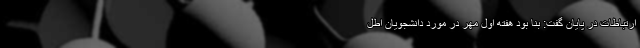
ارتباطات در پایان گفت: بنا بود هفته اول مهر در مورد دانشجویان اطل